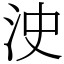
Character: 㳏